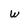
Character: w